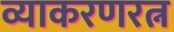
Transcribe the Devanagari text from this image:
व्याकरणरत्न